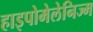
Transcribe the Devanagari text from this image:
हाइपोमेलेनिज्म